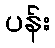
ပန်း